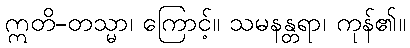
ဣတိ-တသ္မာ၊ ကြောင့်။ သမနန္တရာ၊ ကုန်၏။